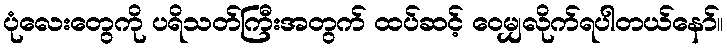
ပုံလေးတွေကို ပရိသတ်ကြီးအတွက် ထပ်ဆင့် ဝေမျှလိုက်ရပါတယ်နော်။